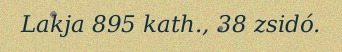
Lakja 895 kath., 38 zsidó.